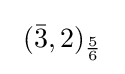
\ ({\bar {3}},2)_{\frac {5}{6}}\